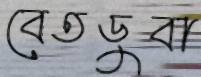
বেতডুবা